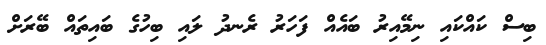
ބިސް ކައްކައި ނިމޭއިރު ބައެއް ފަހަރު ރެނދު ލައި ބިހުގެ ބައިތައް ބޭރަށް